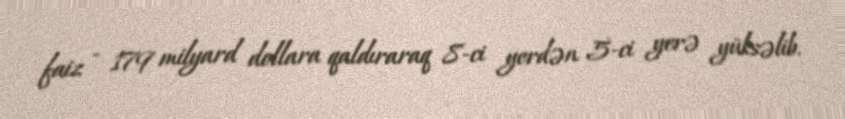
faiz - 179 milyard dollara qaldıraraq 8-ci yerdən 5-ci yerə yüksəlib.